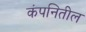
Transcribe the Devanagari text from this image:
कंपनितील